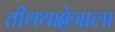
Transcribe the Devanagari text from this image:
तीथथक्षेत्राला